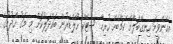
އެހެންވީމަ ހިނގާބަލާށޭ ކަމާބެހޭ ހުރިހާ ސްޓޭކް ހޯލްޑަރުން ބައްދަލުކޮށް މި މަގު ހެދުމުގެ